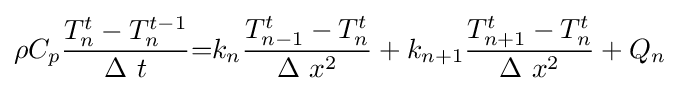
\rho \,\!C_{p}{\frac {T_{n}^{t}-T_{n}^{t-1}}{\Delta \ t}}{=}k_{n}{\frac {T_{n-1}^{t}-T_{n}^{t}}{\Delta \ x^{2}}}+k_{n+1}{\frac {T_{n+1}^{t}-T_{n}^{t}}{\Delta \ x^{2}}}+Q_{n}